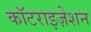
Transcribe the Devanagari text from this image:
कॉटराइज़ेशन